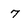
Character: 7